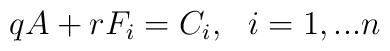
qA+rF_{i}=C_{i},~~i=1,...n